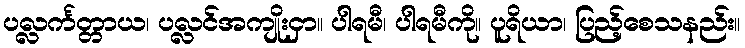
ပလ္လင်္ကတ္တာယ၊ ပလ္လင်အကျိုးငှာ။ ပါရမီ၊ ပါရမီကို။ ပူရိယာ၊ ပြည့်စေသနည်း။